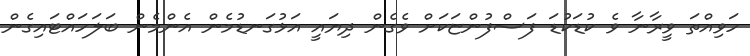
ހަވިއްތަ ވީރާނާ ވެ ކުޑަކުޑަ ފަސްފުންޏަކަށް ވެގެން ދިޔައީ އަޅުގަނޑުމެން އެންމެން ބަލަހައްޓައިގެން